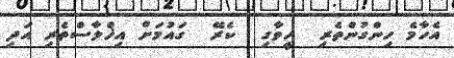
އެހާމެ ހިންގުންތެރި  ހީވާގި  ކެރޭ  ގައުމަށް އިޚްލާސްތެރި އަދި